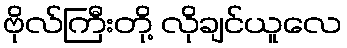
ဗိုလ်ကြီးတို့ လိုချင်ယူလေ